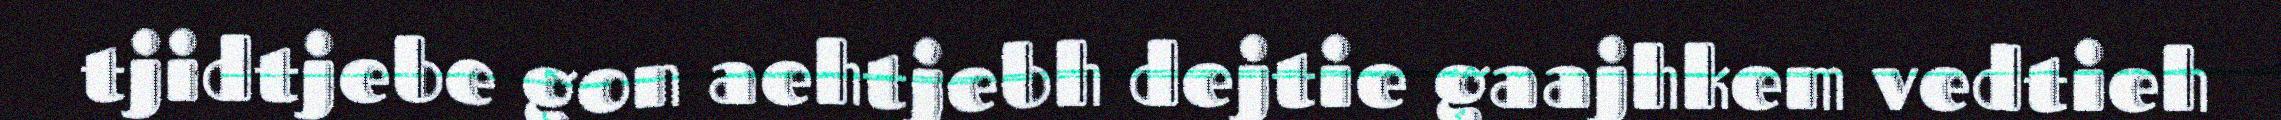
tjidtjebe gon aehtjebh dejtie gaajhkem vedtieh